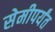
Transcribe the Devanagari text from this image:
सेमीपर्यंत